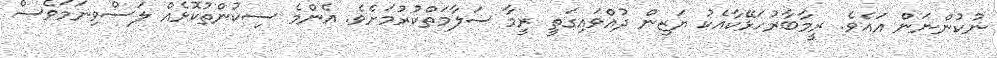
ނުކުންނަން އައެވެ. ރީމާބާރުހަޅޭކާއެކު ޔަޒިން ދުއްވައިގަތީ ރީމާ ސަލާމަތްކުރުމަށެވެ. އެންމެ ސިކުންތުކޮޅެއް ލަސްވިނަމަވެސް